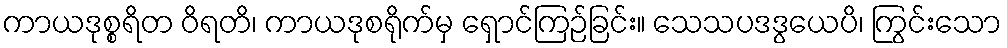
ကာယဒုစ္စရိတ ဝိရတိ၊ ကာယဒုစရိုက်မှ ရှောင်ကြဉ်ခြင်း။ သေသပဒဒွယေပိ၊ ကြွင်းသော